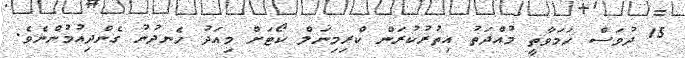
15 ދުވަސް ހަމަވާތީ މުއްދަތު އިތުރުކުރަން ކްރިމިނަލް ކޯޓަށް މިއަދު ހެނދުނު ގެންދިއުމުންނެވެ.